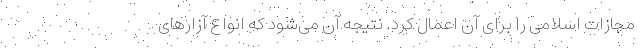
مجازات اسلامی را برای آن اعمال کرد. نتیجه آن می‌شود که انواع آزارهای